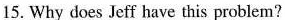
15. Why does Jeff have this problem?